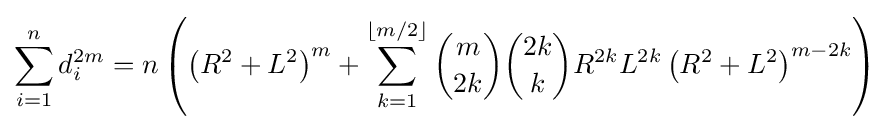
\sum _{i=1}^{n}d_{i}^{2m}=n\left(\left(R^{2}+L^{2}\right)^{m}+\sum _{k=1}^{\left\lfloor m/2\right\rfloor }{\binom {m}{2k}}{\binom {2k}{k}}R^{2k}L^{2k}\left(R^{2}+L^{2}\right)^{m-2k}\right)